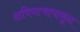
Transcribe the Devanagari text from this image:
क्षत्रियत्वापासून